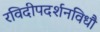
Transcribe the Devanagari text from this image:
रविदीपदर्शनविधौ